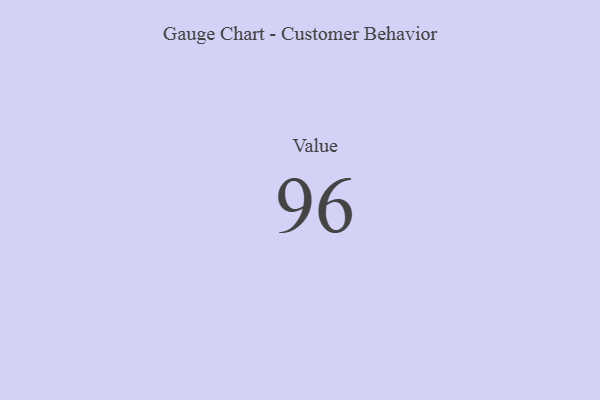
{"axis": {"x": "Metric", "y": "Value"}, "legend": [""], "data": [{"x": "Value", "y": 96, "type": ""}]}